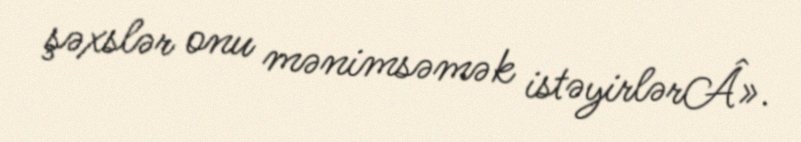
şəxslər onu mənimsəmək istəyirlərÂ».